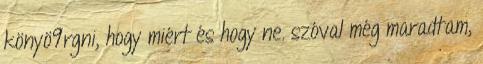
könyö9rgni, hogy miért és hogy ne. szóval még maradtam,